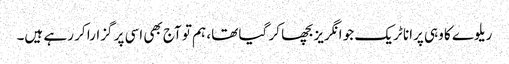
ریلوے کا وہی پرانا ٹریک جو انگریز بچھا کر گیا تھا، ہم تو آج بھی اسی پر گزارا کر رہے ہیں۔